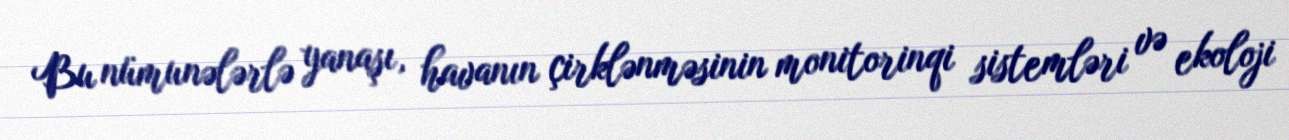
Bu nümunələrlə yanaşı, havanın çirklənməsinin monitorinqi sistemləri və ekoloji